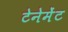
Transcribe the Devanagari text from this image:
टेनेमेंट